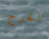
الحرج